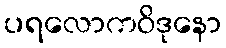
ပရလောကဝိဒုနော